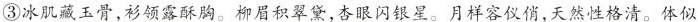
③冰肌藏玉骨，衫领露酥胸。柳眉积翠黛，杏眼闪银星。月样容仪俏，天然性格清。休似